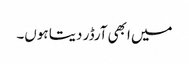
میں ابھی آرڈر دیتا ہوں۔